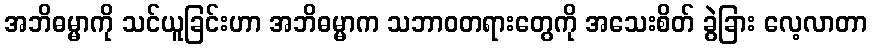
အဘိဓမ္မာကို သင်ယူခြင်းဟာ အဘိဓမ္မာက သဘာဝတရားတွေကို အသေးစိတ် ခွဲခြား လေ့လာတာ